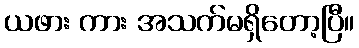
ယဖား ကား အသက်မရှိတော့ပြီ။